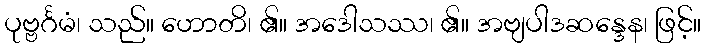
ပုဗ္ဗင်္ဂမံ၊ သည်။ ဟောတိ၊ ၏။ အဒေါသဿ၊ ၏။ အဗျပါဒဆန္ဒေန၊ ဖြင့်။